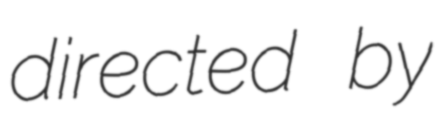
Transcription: directed by